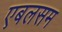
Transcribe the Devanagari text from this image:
एबलसम